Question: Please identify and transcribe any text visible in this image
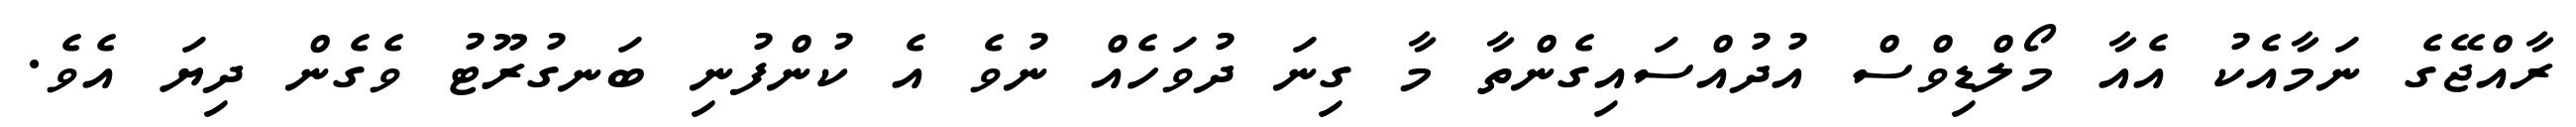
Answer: ރާއްޖޭގެ ނަމާއެކު އެއާ މޯލްޑިވްސް އުދުއްސައިގެންތާ މާ ގިނަ ދުވަހެއް ނުވެ އެ ކުންފުނި ބަނގުރޫޓު ވެގެން ދިޔަ އެވެ.